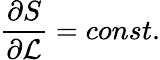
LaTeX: \frac{\partial S}{\partial{\cal{L}}}=const.